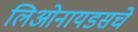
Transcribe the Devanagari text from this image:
लिओनायडसचे